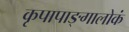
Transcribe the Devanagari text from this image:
कृपापाङ्गालोकं